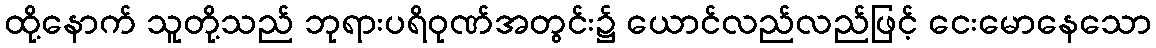
ထို့နောက် သူတို့သည် ဘုရားပရိဝုဏ်အတွင်း၌ ယောင်လည်လည်ဖြင့် ငေးမောနေသော